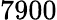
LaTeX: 7900